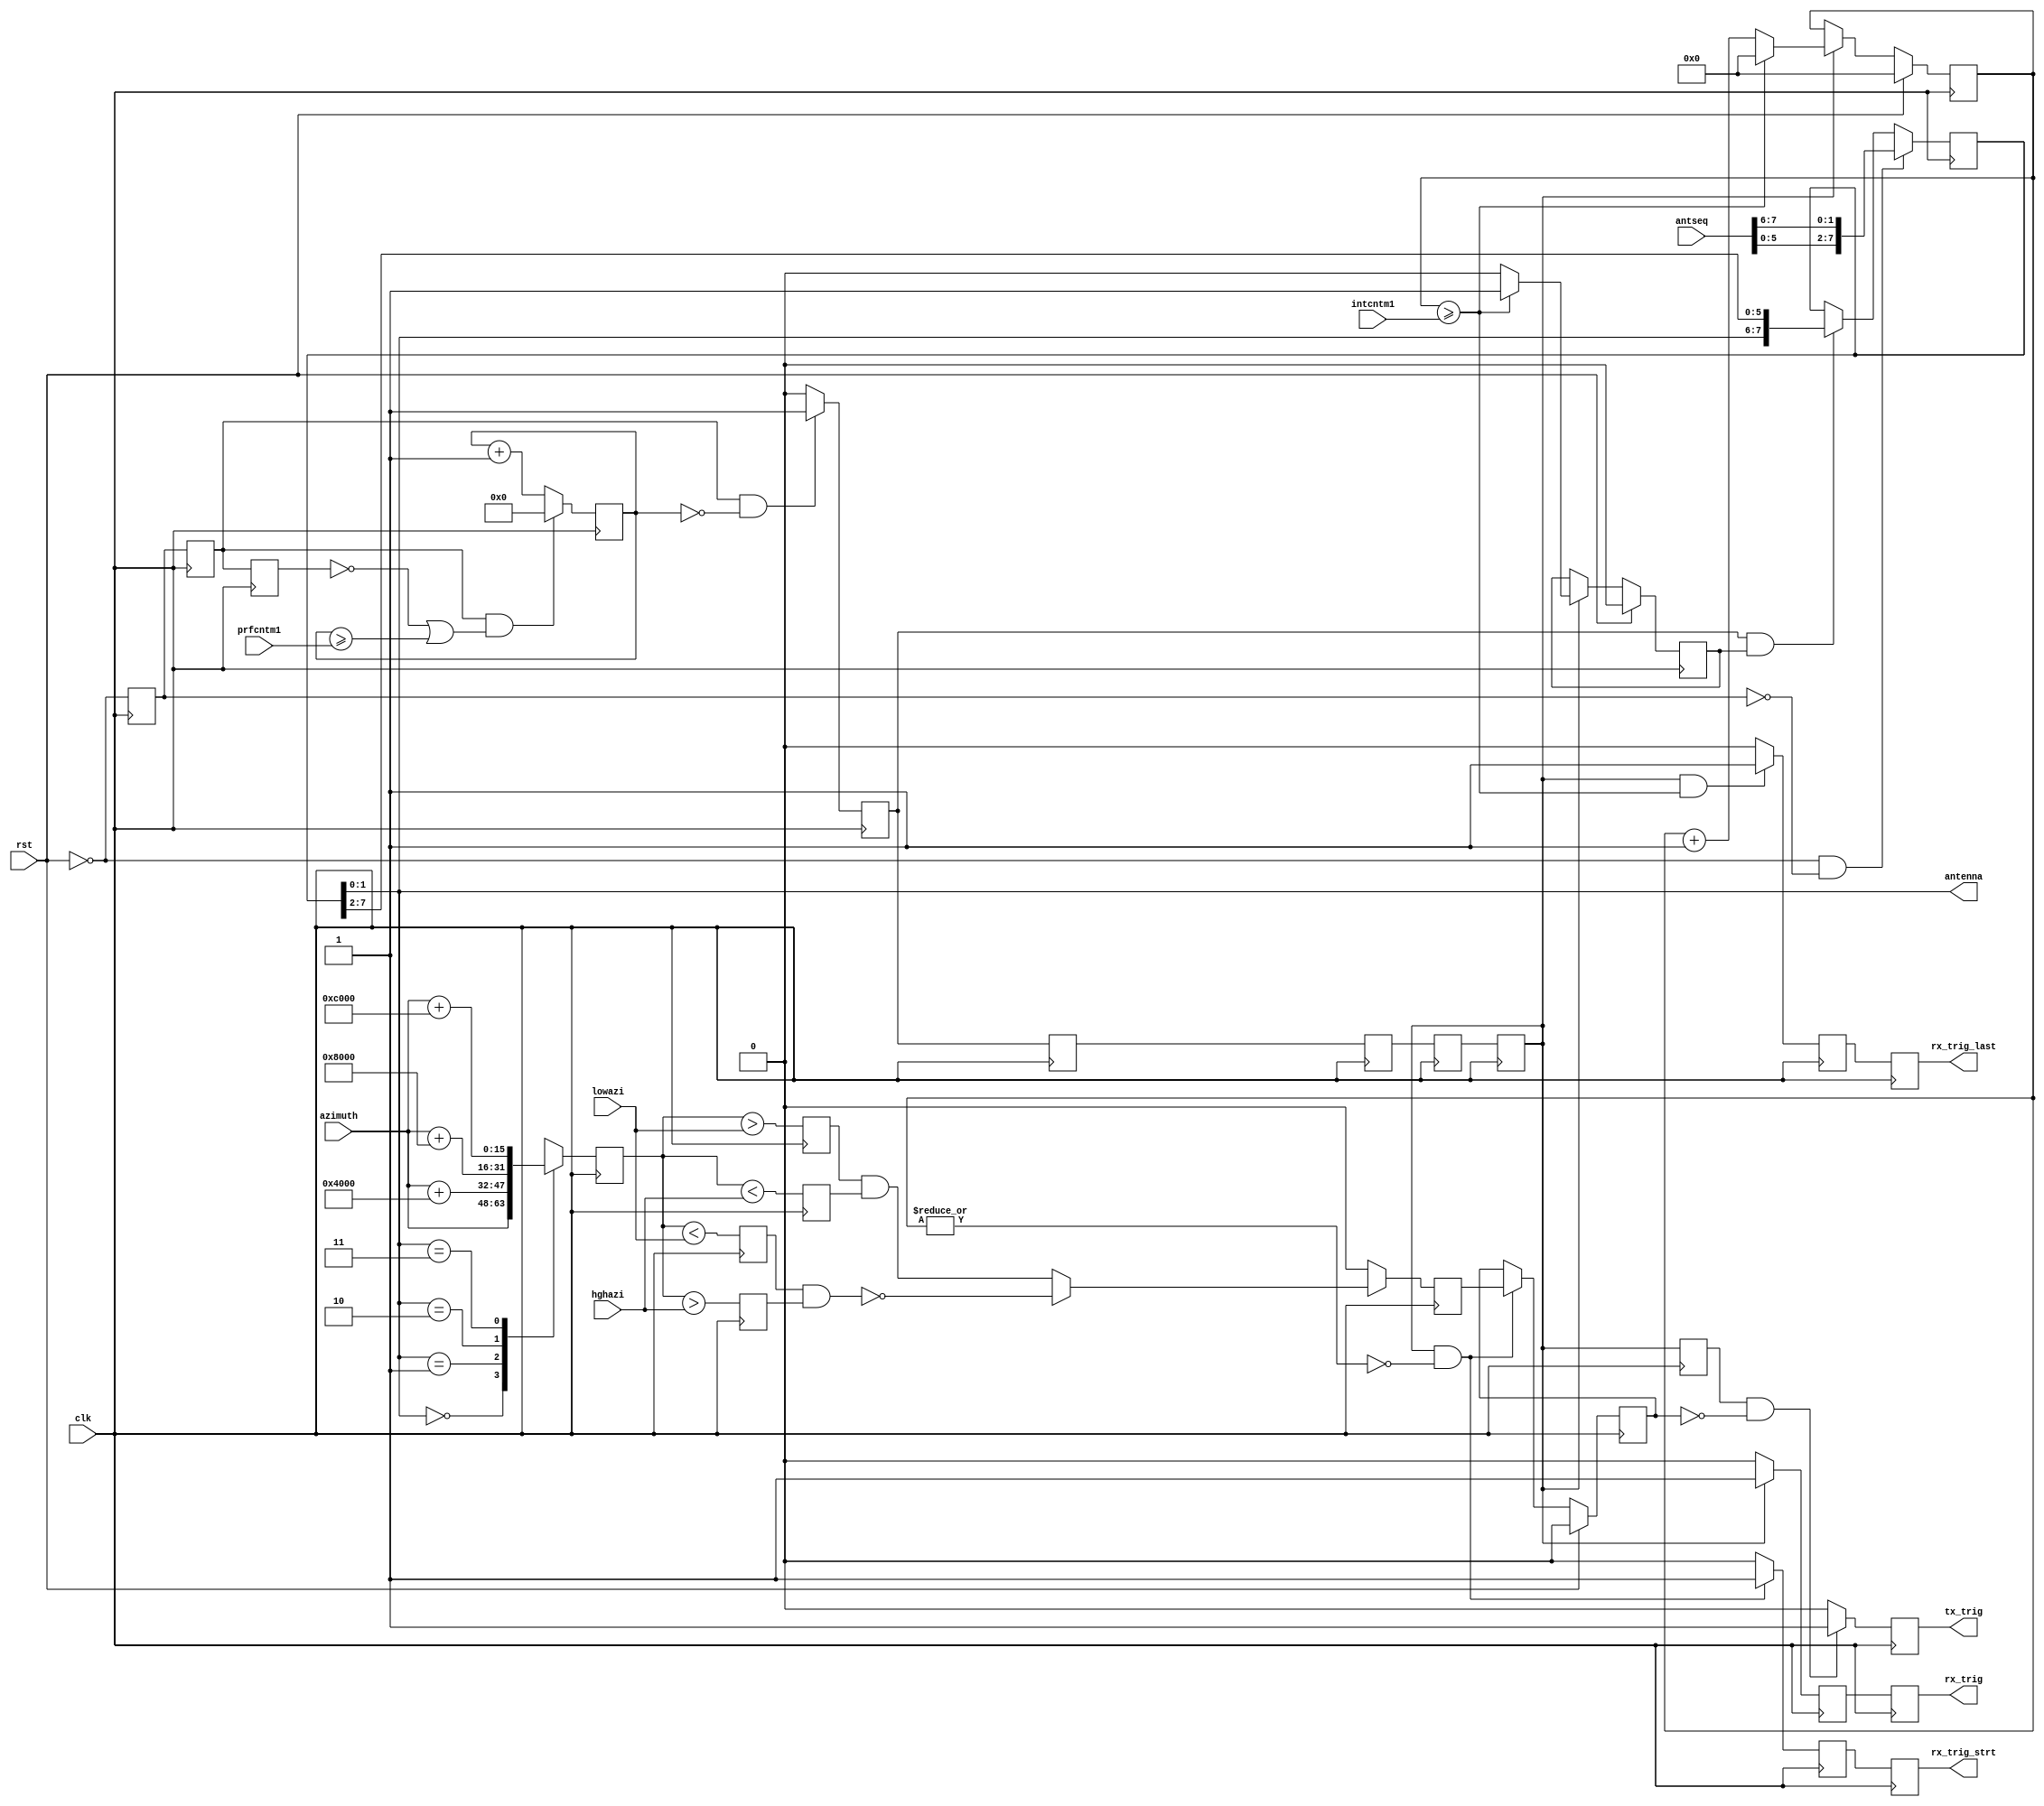

module trigger
  (
   input 	    clk,
   input 	    rst,            // run is opposite
   
   input [15:0]     azimuth,        // current antenna position
   
   input [31:0]     prfcntm1,       // prf dwell counter
   input [15:0]     intcntm1,       // integration counter
   input [15:0]     lowazi,         // blanking start \__ note swap for blank over zero
   input [15:0]     hghazi,         // blanking stop  /   equality means no blank
   input [7:0]      antseq,         // antenna switch sequence

   output     [1:0] antenna,        // set current antenna, jumps before rx start
   output reg       tx_trig,        // one-shot tx
   output reg       rx_trig,        // one-shot rx
   output reg       rx_trig_strt,   // one-shot rx start
   output reg       rx_trig_last    // one-shot rx stop 
   );

   wire run = ~rst;
   reg 	run_t1, run_t2, run_t3;
      
   reg 	      dwell_trig;
   reg 	      dwell_trig_t1;
   reg 	      dwell_trig_t2;
   reg 	      dwell_trig_t3;
   reg 	      dwell_trig_t4;
   reg 	      dwell_trig_t5;
   reg [31:0] dwell_cntr;

   reg [15:0] int_cntr;

   reg 	      was_last;
   reg [15:0] azimuth_ant;
   reg        has_blank;
   reg 	      azi_swap;
   reg 	      azi_g_low;
   reg 	      azi_g_hgh;
   reg 	      azi_l_low;
   reg 	      azi_l_hgh;
   reg 	      blanking;
   reg 	      blanked;
   reg 	      rx_trig_m1;
   reg 	      rx_trig_strt_m1;
   reg 	      rx_trig_last_m1;

   reg [7:0]  antseqs;
      
   assign antenna = antseqs[1:0];
      
   always @(posedge clk) begin

      run_t1 <= run;
      run_t2 <= run_t1;
      run_t3 <= run_t2;
            
      dwell_trig_t1 <= dwell_trig;
      dwell_trig_t2 <= dwell_trig_t1;
      dwell_trig_t3 <= dwell_trig_t2;
      dwell_trig_t4 <= dwell_trig_t3;
      dwell_trig_t5 <= dwell_trig_t4;

      rx_trig <= rx_trig_m1;
      rx_trig_strt <= rx_trig_strt_m1;
      rx_trig_last <= rx_trig_last_m1;
      
      // antennas and blanking
      case (antenna) 
	2'b00: azimuth_ant <= azimuth;
	2'b01: azimuth_ant <= azimuth + 16'h4000;
	2'b10: azimuth_ant <= azimuth + 16'h8000;
	2'b11: azimuth_ant <= azimuth + 16'hC000;
      endcase; 

      azi_g_hgh <= azimuth_ant > hghazi;
      azi_l_low <= azimuth_ant < lowazi;
      azi_g_low <= azimuth_ant > lowazi;
      azi_l_hgh <= azimuth_ant < hghazi;
 
      if (has_blank)
	if (~azi_swap)
	  blanking <= azi_g_low && azi_l_hgh;
	else
	  blanking <= ~(azi_l_low && azi_g_hgh);
      else
	blanking <= 0;

      if (rst)
	blanked <= 0;
      else
	if (dwell_trig_t4 && ~|int_cntr)
	  blanked <= blanking;
      
      // count down
      if (run_t2 && (~run_t3 || dwell_cntr >= prfcntm1))
	dwell_cntr <= 0;
      else
	dwell_cntr <= dwell_cntr + 'b1;

      if (run_t2 && dwell_cntr == 0)
	dwell_trig <= 1;
      else
	dwell_trig <= 0;

      // transmit?
      if (dwell_trig_t5 && ~blanked)
	tx_trig <= 1;
      else
	tx_trig <= 0;

      // receive?
      if (dwell_trig_t4)
	rx_trig_m1 <= 1;
      else
	rx_trig_m1 <= 0;

      if (dwell_trig_t4 && ~|int_cntr)
	rx_trig_strt_m1 <= 1;
      else 
	rx_trig_strt_m1 <= 0;

      if (rst)
	was_last <= 0;
      else
	if (dwell_trig_t4)
	  if (int_cntr >= intcntm1)
	    was_last <= 1;
	  else
	    was_last <= 0;
            
      if (dwell_trig_t4 && int_cntr >= intcntm1)
	rx_trig_last_m1 <= 1;
      else
	rx_trig_last_m1 <= 0;
            
      if (rst)
	int_cntr <= 0;
      else
	if (dwell_trig_t4)
	  if (int_cntr >= intcntm1)
	    int_cntr <= 0;
	  else
	    int_cntr <= int_cntr + 'b1;
      
      // antenna
      if (run && ~run_t1)
	antseqs <= { antseq[5:0], antseq[7:6] }; 
      else if (dwell_trig && was_last)
	antseqs <= { antseqs[1:0], antseqs[7:2] };
      
   end
      
endmodule